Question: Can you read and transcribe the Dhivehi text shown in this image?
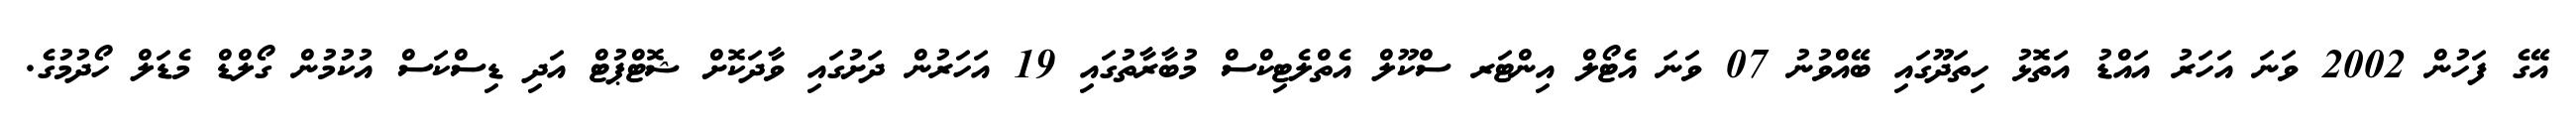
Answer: އޭގެ ފަހުން 2002 ވަނަ އަހަރު އައްޑު އަތޮޅު ހިތަދޫގައި ބޭއްވުނު 07 ވަނަ އެޓޯލް އިންޓަރ ސްކޫލް އެތްލެޓިކްސް މުބާރާތުގައި 19 އަހަރުން ދަށުގައި ވާދަކޮށް ޝޮޓްޕުޓް އަދި ޑިސްކަސް އުކުމުން ގޯލްޑް މެޑަލް ހޯދުމުގެ.